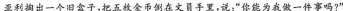
亚利掏出一个旧盒子，把五枚金币倒在文员手里，说：“你能为我做一件事吗?”